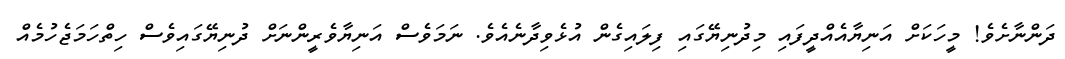
ދަންނާށެވެ! މީހަކަށް އަނިޔާއެއްދީފައި މިދުނިޔޭގައި ފިލައިގެން އުޅެވިދާނެއެވެ. ނަމަވެސް އަނިޔާވެރީންނަށް ދުނިޔޭގައިވެސް ހިތްހަމަޖެހުމެއް